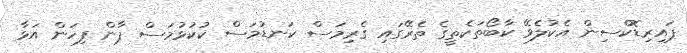
ޕައިރިޑޮކްސިން އެކުލެވޭ ކާބޯތަކެތީގެ ތެރޭގައި ގެރިމަސް ކަނޑުމަސް ކުކުޅުމަސް ޕާން ފިހަން އަޅާ